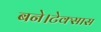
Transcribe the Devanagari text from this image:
बने।टेक्सास